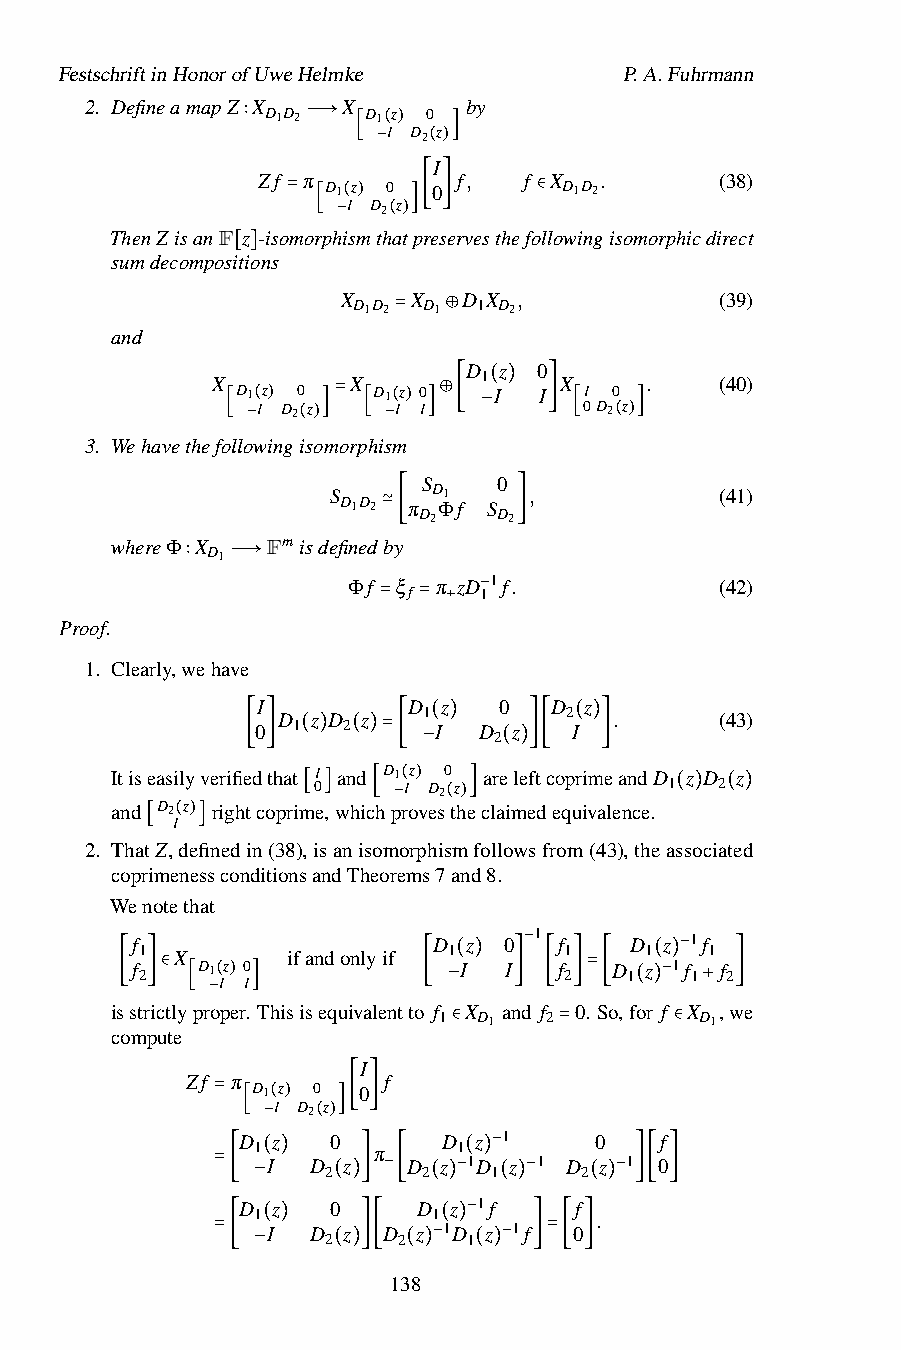
FestschriftinHonorofUweHelmke        P.A.Fuhrmann
 2. DefineamapZ X X       by
 D1D2   D1 z 0
 I D2 z
 ∶   —→  [ ()  ]
 −  (I)
 Zf π         f,   f X  .       (38)
 D1 z 0  0       D1D2
 I D2 z
 ThenZ isanF z -iso= mor[ph−i( sm) th(a)t]p[ res] ervesthefo∈ llowingisomorphicdirect
 sumdecompositions
 [ ]
 X   X   D X ,            (39)
 D1D2 D1  1 D2
 and
 =  ⊕
 D z  0
 X        X        1    X     .    (40)
 D1 z 0   D1 z 0  I  I  I 0
 I D2 z   I I
 ( )
 0D2 z
 3.
 Wehavethefo[ llo−( w) ing(is)o] m= orp[ his−( m) ]⊕[
 −
 ] [  ()]
 S    0
 S      D1    ,            (41)
 D1D2 π Φf S
 D2   D2
 whereΦ X   Fmisdefined≃by[ ]
 D1
 ∶  —→
 Φf ξ
 f
 π zD 11f.          (42)
 −
 Proof.               =  = +
 1. Clearly,wehave
 I         D z   0  D  z
 D  z D z  1        2   .      (43)
 0 1   2     I  D z   I
 2
 ( )      ( )
 Itiseasilyverifie[ d] that( I) an( d)=D1[z − 0 are(le)f] t[ coprim] eandD z D z
 0     I D2 z           1  2
 and D2 z rightcoprime,whichp(ro)vestheclaimedequivalence.
 I        [ ]  [ −  ()]            ( ) ( )
 ()
 2. ThatZ,definedin(38),isanisomorphismfollowsfrom(43),theassociated
 [  ]
 coprimenessconditionsandTheorems7and8.
 Wenotethat
 f                   D z 0 1 f    D z 1f
 1  X      ifandonlyif 1     1     1   1
 f
 2
 D1 z 0           I  I − f
 2
 D
 1
 z 1 −f
 1
 f
 2
 I I
 ( )          ( )
 is[ str] ic∈ tly[pr −o( p) er.]Thisisequivalentto[ f 1−X D1 an] d f[ 2 ] 0.= S[ o,fo(r)f− X D+ 1,w] e
 compute
 ∈      =       ∈
 I
 Zf π         f
 D1 z 0 0
 I D2 z
 = D[ 1−( z) ()0][ ]
 π
 D
 1
 z 1     0    f
 I  D 2 z D 2 z 1D 1− z 1 D 2 z 1 0
 ( )           ( )
 =[ D−1 z 0( )] −[ D(1 )z− 1f( )− f ( .)− ][ ]
 I  D 2 z D 2 z 1D 1− z 1f 0
 ( )         ( )
 =[        ][   −   − ]=[ ]
 −    ( ) 13(8) ( )